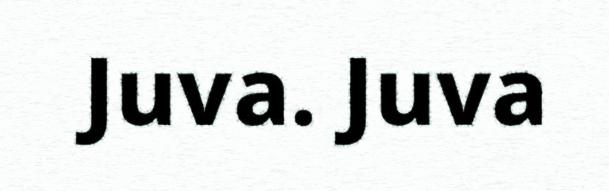
Juva. Juva